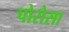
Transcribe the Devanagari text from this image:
पोरोसा